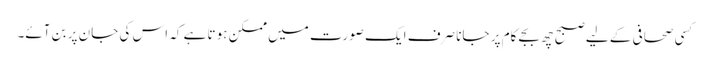
کسی صحافی کے لیے صبح چھ بجے کام پر جانا صرف ایک صورت میں ممکن ہوتا ہے کہ اس کی جان پر بن آئے۔